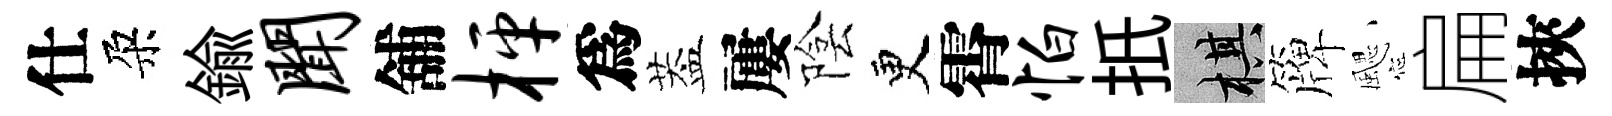
仕朶鍮闻舖枰爲葢屢陰更霄怕扺棋簰颸扁挾